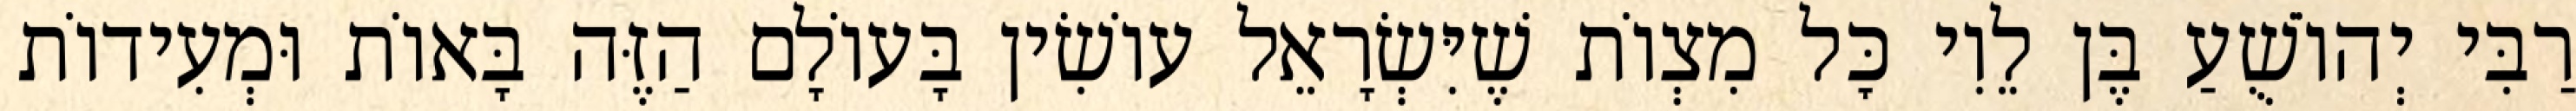
רַבִּי יְהוֹשֻׁעַ בֶּן לֵוִי כׇּל מִצְוֹת שֶׁיִּשְׂרָאֵל עוֹשִׂין בָּעוֹלָם הַזֶּה בָּאוֹת וּמְעִידוֹת